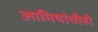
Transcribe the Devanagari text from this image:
आमिषांचीही